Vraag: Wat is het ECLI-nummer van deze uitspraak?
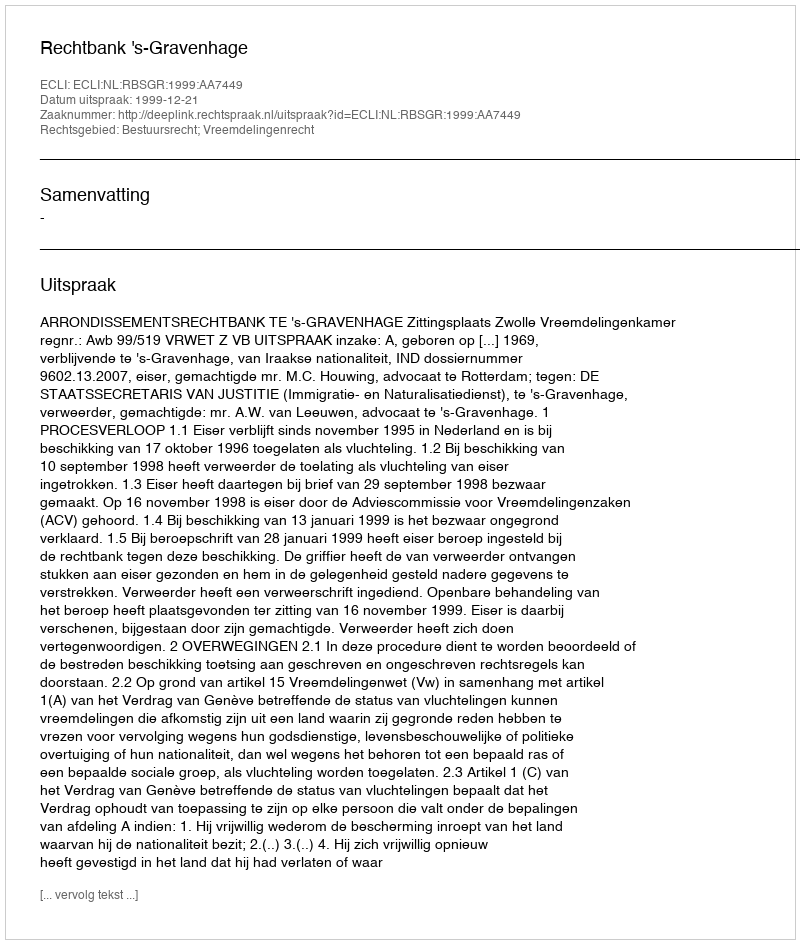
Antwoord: ECLI:NL:RBSGR:1999:AA7449